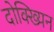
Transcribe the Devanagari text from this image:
दोक्ख्यिन